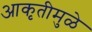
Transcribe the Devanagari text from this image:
आकृतीमुळे